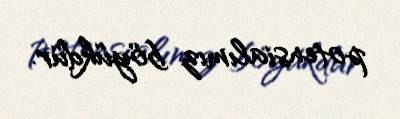
potensialımız böyükdür.